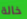
خالة